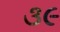
૩૯